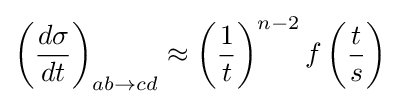
\left({\frac {d\sigma }{dt}}\right)_{ab\rightarrow cd}\approx \left({\frac {1}{t}}\right)^{n-2}f\left({\frac {t}{s}}\right)